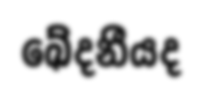
ඛේදනීයද